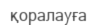
қоралауға